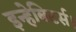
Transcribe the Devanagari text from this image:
इन्हेबिटर्स।